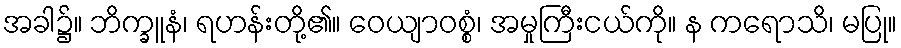
အခါ၌။ ဘိက္ခူနံ၊ ရဟန်းတို့၏။ ဝေယျာဝစ္စံ၊ အမှုကြီးငယ်ကို။ န ကရောသိ၊ မပြု။